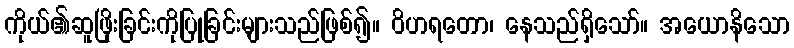
ကိုယ်၏ဆူဖြိုးခြင်းကိုပြုခြင်းများသည်ဖြစ်၍။ ဝိဟရတော၊ နေသည်ရှိသော်။ အယောနိသော